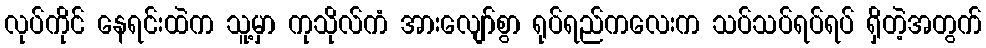
လုပ်ကိုင် နေရင်းထဲက သူ့မှာ ကုသိုလ်ကံ အားလျော်စွာ ရုပ်ရည်ကလေးက သပ်သပ်ရပ်ရပ် ရှိတဲ့အတွက်